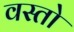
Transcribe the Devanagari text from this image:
वस्तो